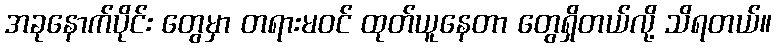
အခုနောက်ပိုင်း တွေမှာ တရားမဝင် ထုတ်ယူနေတာ တွေရှိတယ်လို့ သိရတယ်။